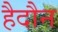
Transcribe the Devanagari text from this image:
हैदौन